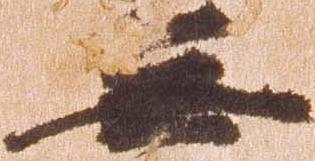
無